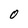
Character: O